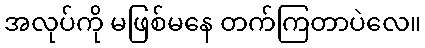
အလုပ်ကို မဖြစ်မနေ တက်ကြတာပဲလေ။